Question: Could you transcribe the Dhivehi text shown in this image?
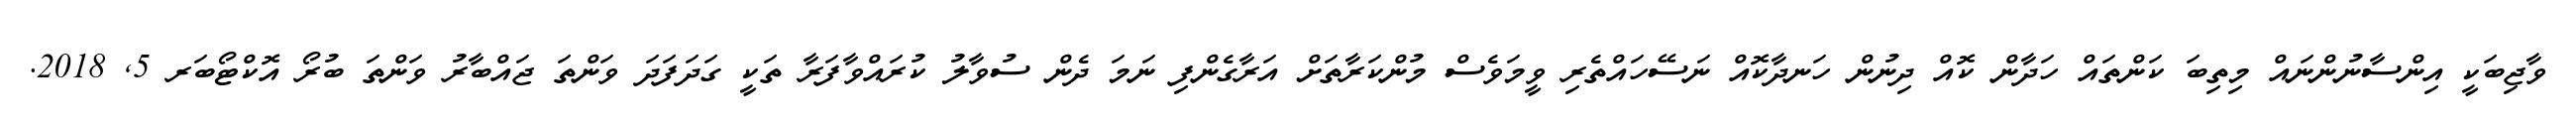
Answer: ވާޖިބަކީ އިންސާނުންނައް މިތިބަ ކަންތައް ހަދާން ކޮއް ދިނުން ހަނދާކޮއް ނަސޭހައްތެރި ވީމަވެސް މުންކަރާތަށް އަރާގެންފި ނަމަ ދެން ސުވާލު ކުރައްވާފަރާ ތަކީ ގަދަފަދަ ވަންތަ ޖައްބާރު ވަންތަ ބުރޯ އޮކްޓޯބަރ 5, 2018.